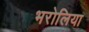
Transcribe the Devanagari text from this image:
भरोलिया